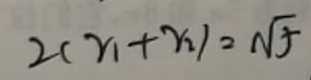
2 ( r _ { 1 } + r _ { 2 } ) = \sqrt { 5 }